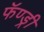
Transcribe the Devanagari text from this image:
फॅण्ड्री